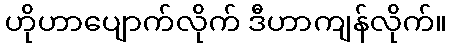
ဟိုဟာပျောက်လိုက် ဒီဟာကျန်လိုက်။